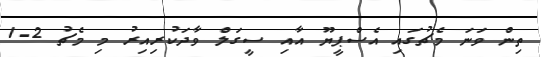
ތިން ވަނަ މެޗުގައި އެސްޕީޔޫ އާއި ސީގަލް ވާދަކުރިއިރު މި މެޗު 2-1